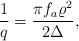
LaTeX: \begin{align*}\frac{1}{q}=\frac{\pi f_a\varrho^2}{2\Delta},\end{align*}